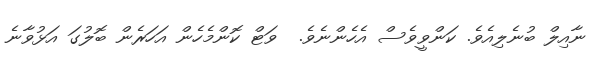
ނާއިލް ބުނެލިއެވެ. ކަންވީވެސް އެހެންނެވެ.  ވަޓް ކޮންމެހެން އަހަރެން ބޮލުގަ އަޅުވާނެ